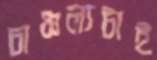
চাঞ্চল্যটাই